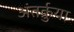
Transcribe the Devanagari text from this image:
अंतर्क्रुया